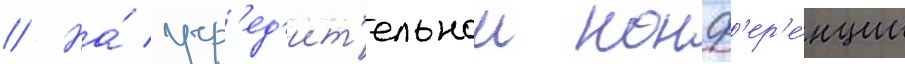
// На́ учр'ед'ит'ельнои конф'ер'е́нции